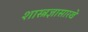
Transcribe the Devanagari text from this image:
शास्त्रज्ञासारखे